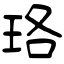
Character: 珞